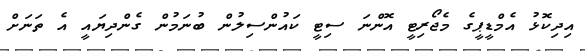
އިދިކޮޅު އެމްޑީޕީގެ މެޖޯރިޓީ އޮންނަ ސިޓީ ކައުންސިލުން ބުނަމުން ގެންދިޔައީ އެ ތަނަށް